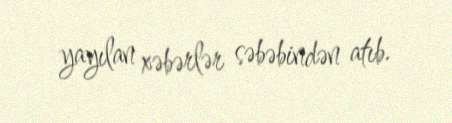
yayılan xəbərlər səbəbindən atıb.